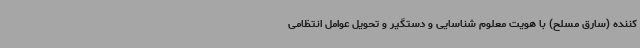
کننده (سارق مسلح) با هویت معلوم شناسایی و دستگیر و تحویل عوامل انتظامی